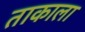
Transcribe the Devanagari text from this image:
ताकाला